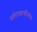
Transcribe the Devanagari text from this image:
सर्वशास्त्रार्थनिर्णयः